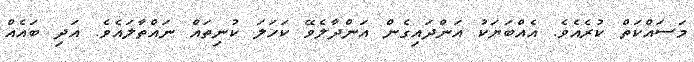
މަސައްކަތް ކުރެއެވެ. އެއްބަޔަކު އަންދައިގެން އަންދާލެވޭ ކަހަލަ ކުނިތައް ނައްތާލައެވެ. އަދި ބައެއް